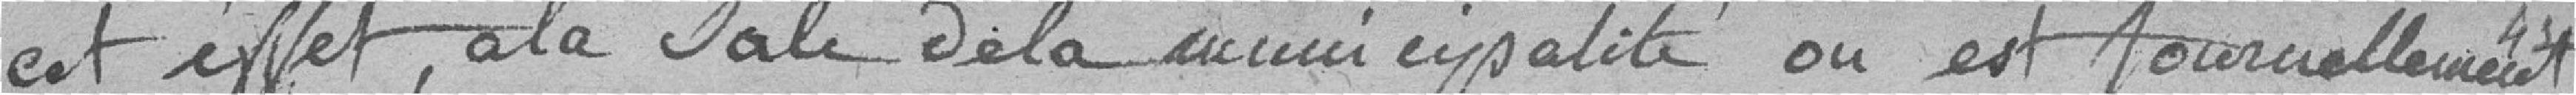
cet effet, à la salle de la municipalité où est journellement